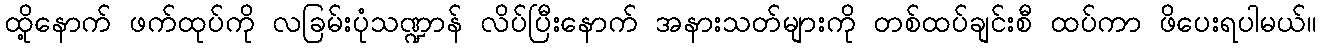
ထို့နောက် ဖက်ထုပ်ကို လခြမ်းပုံသဏ္ဍာန် လိပ်ပြီးနောက် အနားသတ်များကို တစ်ထပ်ချင်းစီ ထပ်ကာ ဖိပေးရပါမယ်။